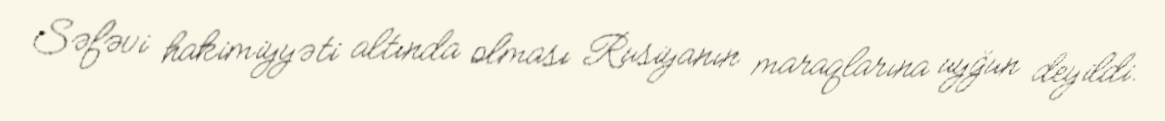
Səfəvi hakimiyyəti altında olması Rusiyanın maraqlarına uyğun deyildi.